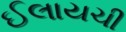
ઈલાયચી